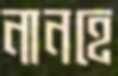
নানহে